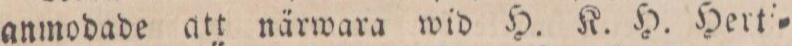
anmodade att närwara wid H. K. H. Hertſ=